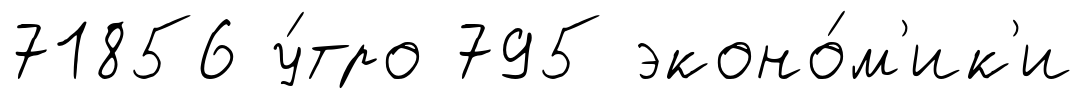
71856 у́тро 795 эконо́м'ик'и